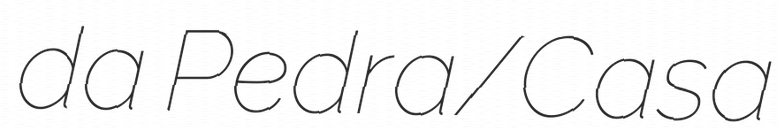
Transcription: da Pedra/Casa